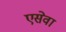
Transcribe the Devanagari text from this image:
एसेवा